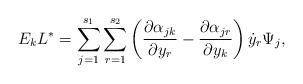
LaTeX: \begin{align*}E_{k}L^*=\sum_{j=1}^{s_1}\sum_{r=1}^{s_2}\left(\dfrac{\partial\alpha_{jk}}{\partial{y_r}}-\dfrac{\partial\alpha_{jr}}{\partial{y_k}}\right)\dot{y}_r\Psi_j,\end{align*}